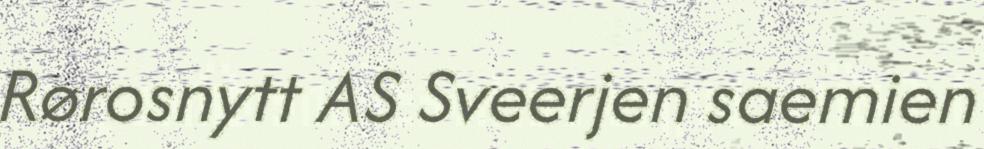
Rørosnytt AS Sveerjen saemien